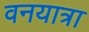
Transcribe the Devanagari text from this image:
वनयात्रा